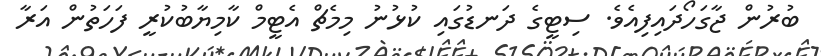
ބުރުން ޖާގަހޯދައިފިއެވެ. ސިޓީގެ ދަނޑުގައި ކުޅުނު މިމެޗް އެޓީމް ކާމިޔާބުކުރީ ފަހަތުން އަރާ